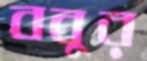
ববুর